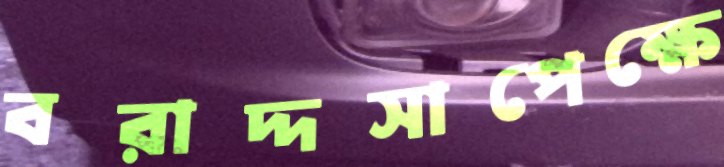
বরাদ্দসাপেক্ষে